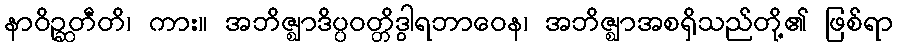
နာဝိဉ္ဆတီတိ၊ ကား။ အဘိဇ္ဈာဒိပ္ပဝတ္တိဒွါရဘာဝေန၊ အဘိဇ္ဈာအစရှိသည်တို့၏ ဖြစ်ရာ